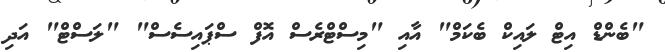
"ބެންޑް އިޓް ލައިކް ބެކަމް" އާއި "މިސްޓްރެސް އޮފް ސްޕައިސެސް" "ލަސްޓް" އަދި